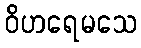
ဝိဟရေမသေ